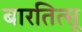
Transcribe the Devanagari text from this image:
बारतित्सू